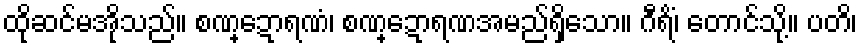
ထိုဆင်မအိုသည်။ စဏ္ဍောရဏံ၊ စဏ္ဍောရဏအမည်ရှိသော။ ဂီရိံ၊ တောင်သို့။ ပတိ၊